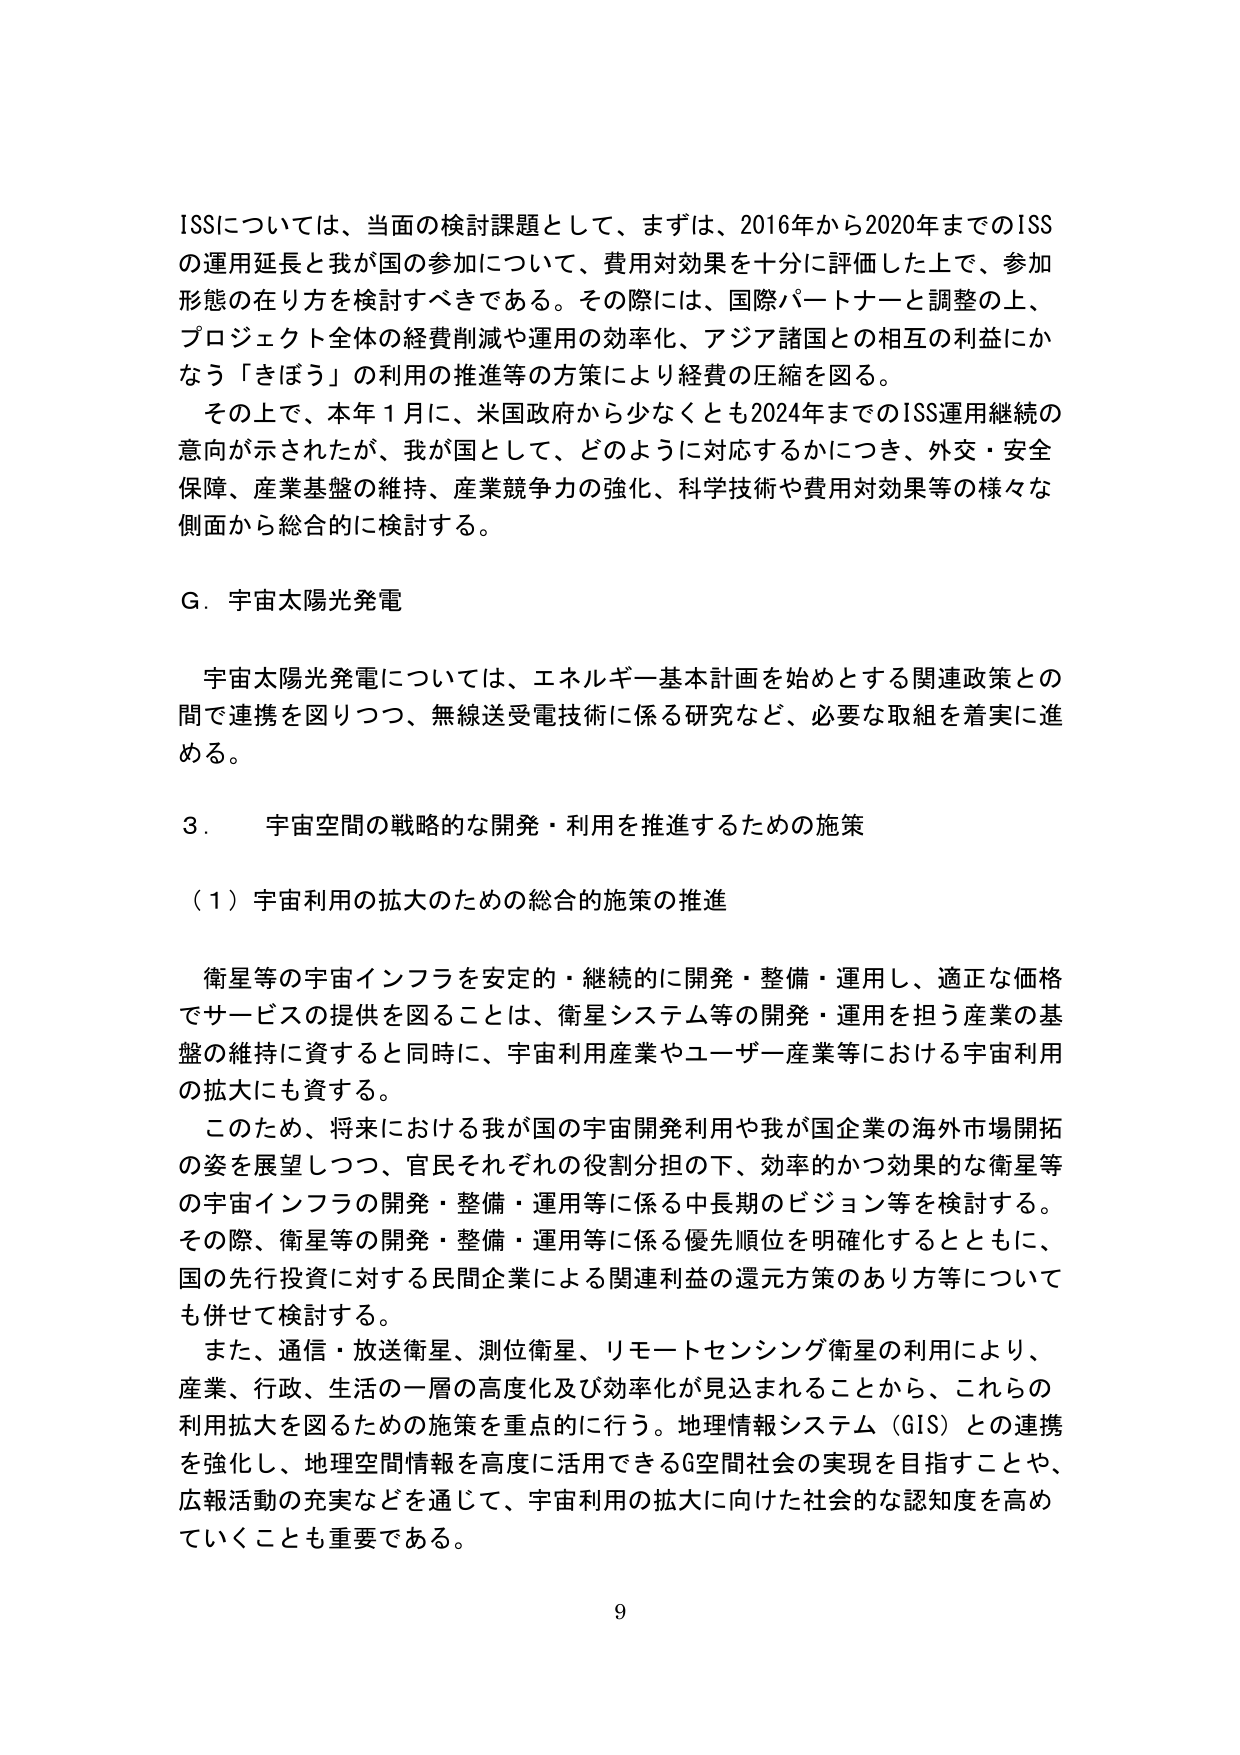
ISSについては、当面の検討課題として、まずは、2016年から2020年までのISSの運用延長と我が国の参加について、費用対効果を十分に評価した上で、参加形態の在り方を検討すべきである。その際には、国際パートナーと調整の上、プロジェクト全体の経費削減や運用の効率化、アジア諸国との相互の利益にかなう「きぼう」の利用の推進等の方策により経費の圧縮を図る。

その上で、本年1月に、米国政府から少なくとも2024年までのISS運用継続の意向が示されたが、我が国として、どのように対応するかにつき、外交・安全保障、産業基盤の維持、産業競争力の強化、科学技術や費用対効果等の様々な側面から総合的に検討する。

G．宇宙太陽光発電

宇宙太陽光発電については、エネルギー基本計画を始めとする関連政策との間で連携を図りつつ、無線送受電技術に係る研究など、必要な取組を着実に進める。

3．宇宙空間の戦略的な開発・利用を推進するための施策

（1）宇宙利用の拡大のための総合的施策の推進

衛星等の宇宙インフラを安定的・継続的に開発・整備・運用し、適正な価格でサービスの提供を図ることは、衛星システム等の開発・運用を担う産業の基盤の維持に資すると同時に、宇宙利用産業やユーザー産業等における宇宙利用の拡大にも資する。

このため、将来における我が国の宇宙開発利用や我が国企業の海外市場開拓の姿を展望しつつ、官民それぞれの役割分担の下、効率的かつ効果的な衛星等の宇宙インフラの開発・整備・運用等に係る中長期のビジョン等を検討する。その際、衛星等の開発・整備・運用等に係る優先順位を明確化するとともに、国の先行投資に対する民間企業による関連利益の還元方策のあり方等についても併せて検討する。

また、通信・放送衛星、測位衛星、リモートセンシング衛星の利用により、産業、行政、生活の一層の高度化及び効率化が見込まれることから、これらの利用拡大を図るための施策を重点的に行う。地理情報システム（GIS）との連携を強化し、地理空間情報を高度に活用できるG空間社会の実現を目指すことや、広報活動の充実などを通じて、宇宙利用の拡大に向けた社会的な認知度を高めていくことも重要である。

9